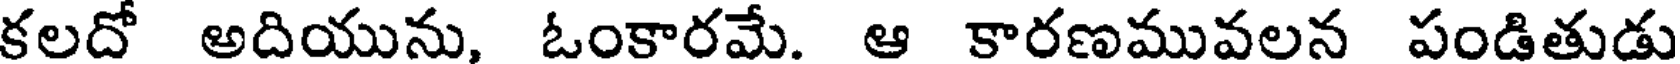
కలదో అదియును, ఓంకారమే. ఆ కారణమువలన పండితుడు